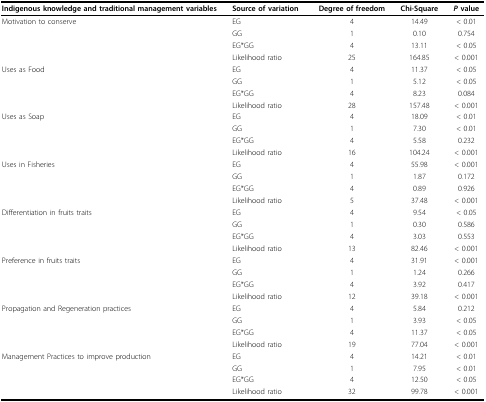
<table><thead><tr><td><b>Indigenous knowledge and traditional management variables</b></td><td><b>Source of variation</b></td><td><b>Degree of freedom</b></td><td><b>Chi-Square</b></td><td><b><i>P </i>value</b></td></tr></thead><tbody><tr><td>Motivation to conserve</td><td>EG</td><td>4</td><td>14.49</td><td>&lt; 0.01</td></tr><tr><td></td><td>GG</td><td>1</td><td>0.10</td><td>0.754</td></tr><tr><td></td><td>EG*GG</td><td>4</td><td>13.11</td><td>&lt; 0.05</td></tr><tr><td></td><td>Likelihood ratio</td><td>25</td><td>164.85</td><td>&lt; 0.001</td></tr><tr><td>Uses as Food</td><td>EG</td><td>4</td><td>11.37</td><td>&lt; 0.05</td></tr><tr><td></td><td>GG</td><td>1</td><td>5.12</td><td>&lt; 0.05</td></tr><tr><td></td><td>EG*GG</td><td>4</td><td>8.23</td><td>0.084</td></tr><tr><td></td><td>Likelihood ratio</td><td>28</td><td>157.48</td><td>&lt; 0.001</td></tr><tr><td>Uses as Soap</td><td>EG</td><td>4</td><td>18.09</td><td>&lt; 0.01</td></tr><tr><td></td><td>GG</td><td>1</td><td>7.30</td><td>&lt; 0.01</td></tr><tr><td></td><td>EG*GG</td><td>4</td><td>5.58</td><td>0.232</td></tr><tr><td></td><td>Likelihood ratio</td><td>16</td><td>104.24</td><td>&lt; 0.001</td></tr><tr><td>Uses in Fisheries</td><td>EG</td><td>4</td><td>55.98</td><td>&lt; 0.001</td></tr><tr><td></td><td>GG</td><td>1</td><td>1.87</td><td>0.172</td></tr><tr><td></td><td>EG*GG</td><td>4</td><td>0.89</td><td>0.926</td></tr><tr><td></td><td>Likelihood ratio</td><td>5</td><td>37.48</td><td>&lt; 0.001</td></tr><tr><td>Differentiation in fruits traits</td><td>EG</td><td>4</td><td>9.54</td><td>&lt; 0.05</td></tr><tr><td></td><td>GG</td><td>1</td><td>0.30</td><td>0.586</td></tr><tr><td></td><td>EG*GG</td><td>4</td><td>3.03</td><td>0.553</td></tr><tr><td></td><td>Likelihood ratio</td><td>13</td><td>82.46</td><td>&lt; 0.001</td></tr><tr><td>Preference in fruits traits</td><td>EG</td><td>4</td><td>31.91</td><td>&lt; 0.001</td></tr><tr><td></td><td>GG</td><td>1</td><td>1.24</td><td>0.266</td></tr><tr><td></td><td>EG*GG</td><td>4</td><td>3.92</td><td>0.417</td></tr><tr><td></td><td>Likelihood ratio</td><td>12</td><td>39.18</td><td>&lt; 0.001</td></tr><tr><td>Propagation and Regeneration practices</td><td>EG</td><td>4</td><td>5.84</td><td>0.212</td></tr><tr><td></td><td>GG</td><td>1</td><td>3.93</td><td>&lt; 0.05</td></tr><tr><td></td><td>EG*GG</td><td>4</td><td>11.37</td><td>&lt; 0.05</td></tr><tr><td></td><td>Likelihood ratio</td><td>19</td><td>77.04</td><td>&lt; 0.001</td></tr><tr><td>Management Practices to improve production</td><td>EG</td><td>4</td><td>14.21</td><td>&lt; 0.01</td></tr><tr><td></td><td>GG</td><td>1</td><td>7.95</td><td>&lt; 0.01</td></tr><tr><td></td><td>EG*GG</td><td>4</td><td>12.50</td><td>&lt; 0.05</td></tr><tr><td></td><td>Likelihood ratio</td><td>32</td><td>99.78</td><td>&lt; 0.001</td></tr></tbody></table>